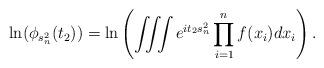
LaTeX: \begin{align*}\ln( \phi_{s_n^2}(t_2) )= \ln \left( \iiint e^{ i t_2 s_n^2} \prod_{i=1}^n f(x_i) dx_i \right).\end{align*}